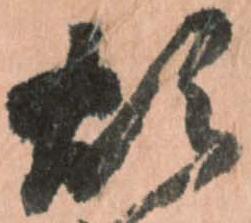
煩